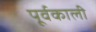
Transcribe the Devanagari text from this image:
पूर्वकाली